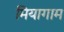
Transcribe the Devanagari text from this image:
मियागाम